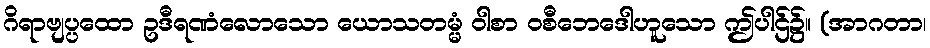
ဂိရာဗျပ္ပထော ဥဒီရဏံလောသော ယောသတမ္မံ ဝါစာ ဝစီဘေဒေါဟူသော ဤပါဌ်၌။ (အာဂတာ၊